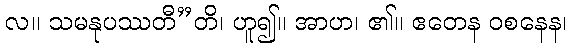
လ။ သမနုပဿတီ”တိ၊ ဟူ၍။ အာဟ၊ ၏။ ဧတေန ဝစနေန၊